Annual report of the Bengal Veterinary College and of the Civil Veterinary Department, Bengal, for the year 1915-16 - 1915-1916
Year: 1915
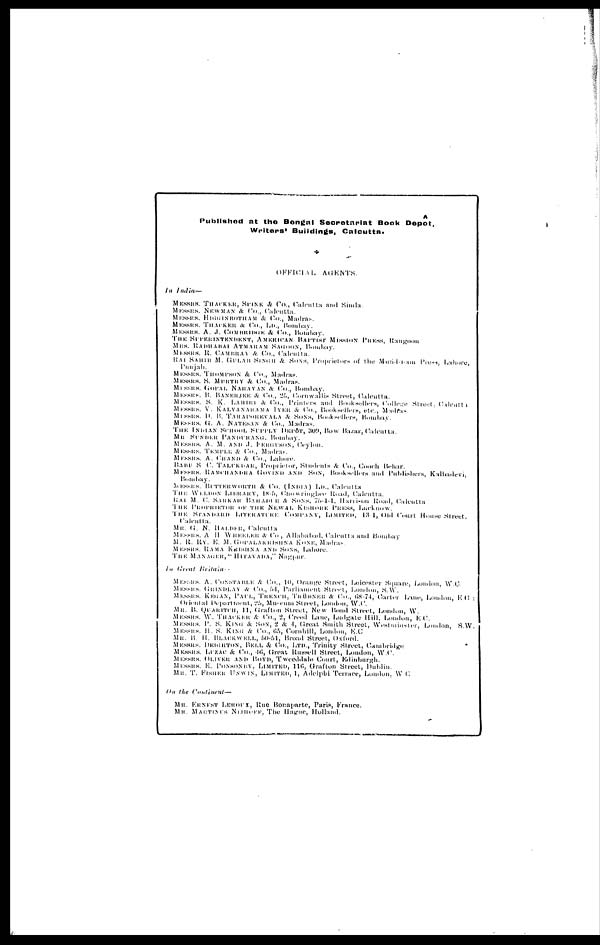
A
Published at the Bengal Secretariat Book Depot,
Writers' Buildings, Calcutta.
OFFICIAL AGENTS.
In India—
MESSRS. THACKER, SPINK & Co., Calcutta and Simla.
MESSRS. NEWMAN & Co., Calcutta.
MESSRS. HIGGINBOTHAM & Co., Madras.
MESSRS. THACKER & Co., Ltd., Bombay.
MESSRS. A. J. COMBRIDGE & Co., Bombay.
THE SUPERINTENDENT, AMERICAN BAPTIST MISSION PRESS,
Rangoon
MRS. RADHABAI ATMARAM SAGOON,
Bombay.
MESSRS. R. CAMBRAY & Co., Calcutta.
RAI SAHIB M. GULAB SINGH & SONS, Proprietors of the Mufid-i-am Press, Lahore,
Punjab.
MESSRS. THOMPSON & Co., Madras.
MESSRS. S. MURTHY & Co., Madras.
MESSRS. GOPAL NARAYAN & Co., Bombay.
MESSRS. B. BANERJEE & Co., 25, Cornwallis Street, Calcutta.
MESSRS. S. K. LAHIRI & Co., Printers and Bookselers, College Street, Calcutta
MESSRS. V. KALYANAR IYER & Co., Booksellers, etc., Madras.
MESSRS. D. B. TARAPOREVALA & SONS, Booksellers, Bombay.
MESSRS. G. A. NATESAN & Co., Madras.
THE INDIAN SCHOOL SUPPLY DEPÔT, 309, Row Bazar, Calcutta.
MR. SUNDER PANDURANG, Bombay.
MESSRS. A. M. AND J. FERDUSON, Ceylon.
MESSRS. TEMPLE & Co., Madras.
MESSRS. A. CHAND & Co., Lahore.
BABU S. C. TALUKDAR, Proprietor, Students & Co., Cooch Behar.
MESSRS. RAMCHANDRA GOVIND AND SON, Booksellers and Publishers, Kalbadevi,
Bombay.
MESSRS. BUTTERWORTH & Co. (INDIA) LD., Calcutta.
THE WELDON LIBRARY, 18-5, Chowringhee Road, Calcutta.
RAI M. C. SARKAR BAHADUR & SONS, 75-1-1, Harrison Road, Calcutta
THE
PROPRIETOR
OF
THE
NEWAL
KISHORE
PRESS,
Lucknow.
THE
STANDARD
LITERATURE
COMPANY, LlMITED, 134, Old Court House Street,
Calcutta.
MR. G. N. HALDER, Calcutta.
MESSRS. A. H. WHEELER & Co., Allahabad, Calcutta and Bombay
M. R. RY. E. M. GOPALAKRISHNA KONE, Madras.
MESSRS. RAMA KRISHNA AND SONS, Lahore.
THE MANAGER, "HITAVADA," Nagpur.
In Great Britain-
MESSRS. A. CONSTABLE & Co., 10, Orange Street, Leicester Square, London, W.C.
MESSRS. GRINDLAY & Co., 54, Parliament Street, London, S.W.
MESSRS. KEGAN, PAUL, TRENCH, TRÜBNER & Co., 68-74, Carter Lane, London, E.C. :
Oriental Department, 25 Mu-enm Street, London, W.C.
MR. B. QUARITCH, 11, Grafton Street, New Bond Street, London, W.
MESSRS. W. THACKER & Co., 2, Creed Lane, Ludgate Hill, London, E.C.
MESSRS. P. S. KING & SON, 2 & 4, Great Smith Street, Westminster, London, S.W.
MESSRS. H. S. KING & Co., 65, Cornhill, London, E.C.
MR. B. H. BLACKWELL, 50-51, Broad Street, Oxford.
MESSRS. DEIGHTON, BELL & Co., LTD., Trinity Street, Cambridge.
MESSRS. LUZAC & Co., 46, Great Russell Street, London, W.C.
MESSRS. OLIVER AND BOYD, Tweeddale Court,
Edinburgh.
MESSRS. E. PONSONRY, LIMITED, 116, Grafton Street,
Dublin.
MR. T. FISHER UNWIN, LIMITED, 1, Adelphi Terrace, London. W. C.
On the Continent—
MR. ERNEST LEROUX, Rue Bonaparte, Paris, France.
MR. MARTINUS NLIROFF, The Hague, Holland.